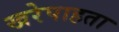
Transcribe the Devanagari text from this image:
खरेपाहता